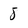
Character: 8